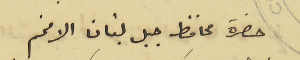
حضرة محافظ جبل لبنان الافخم